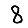
Digit: 8